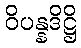
ဝိပန္နဒိဋ္ဌိ